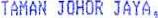
TAMAN JOHOR JAYA,